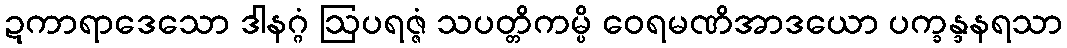
ဍကာရာဒေသော ဒါနဂ္ဂံ ဩပရဇ္ဇံ သပတ္တိကမ္ပိ ဝေရမဏိအာဒယော ပက္ခန္ဒနရသာ